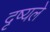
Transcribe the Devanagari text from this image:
दृष्यले